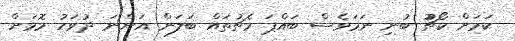
ކަމަށް ކޯޗުު ބުނި ނަމަވެސް ބައްޕަ މެޗުތައް ބަލަން އަންނަ ދުވަހު މޮޅަށް